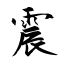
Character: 震